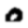
Digit: 0